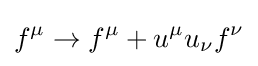
f^{\mu }\rightarrow f^{\mu }+u^{\mu }u_{\nu }f^{\nu }